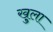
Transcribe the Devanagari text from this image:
खु्ला